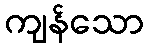
ကျန်သော